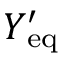
Y _ { \mathrm { e q } } ^ { \prime }